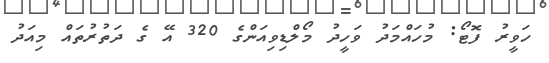
ހަވީރު ފޮޓޯ: މުހައްމަދު ވަހީދު މޯލްޑިވިއަންގެ 320 އޭ ގެ ދަތުރުތައް މިއަދު